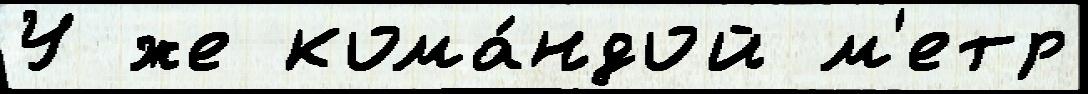
У же кома́ндой м'етр